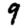
Digit: 9